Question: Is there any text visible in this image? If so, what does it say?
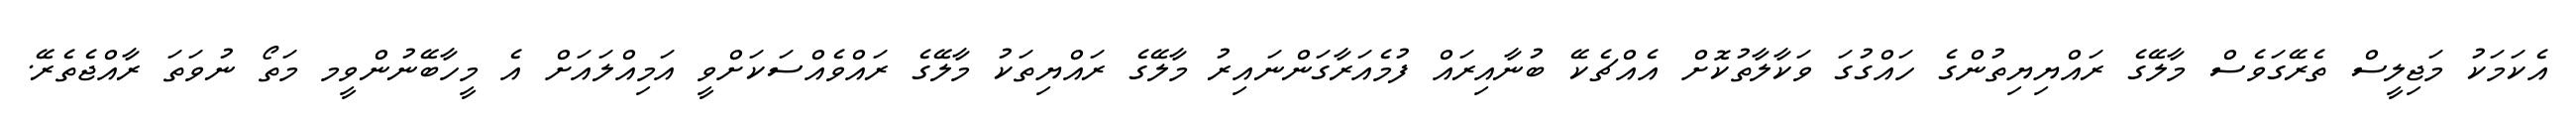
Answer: އެކަމަކު މަޖިލީސް ތެރޭގަވެސް މާލޭގެ ރައްޔިޔިތުންގެ ހައްގުގަ ވަކާލާތުކޮށް އެއްޗެކޭ ބުނާއިރައް ފުމެއަރާގަންނައިރު މާލޭގެ ރައްޔިތަކު މާލޭގެ ރައްވެއްސަކަށްވީ އަމިއްލައަށް އެ މީހާބޭނުންވީމ މަތޯ ނުވަތަ ރާއްޖެތެރޭ.